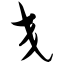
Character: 交